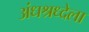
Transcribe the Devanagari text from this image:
अंधश्रध्देला